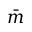
\bar { m }